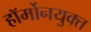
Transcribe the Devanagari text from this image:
हॉर्मोनयुक्त